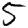
Digit: 5